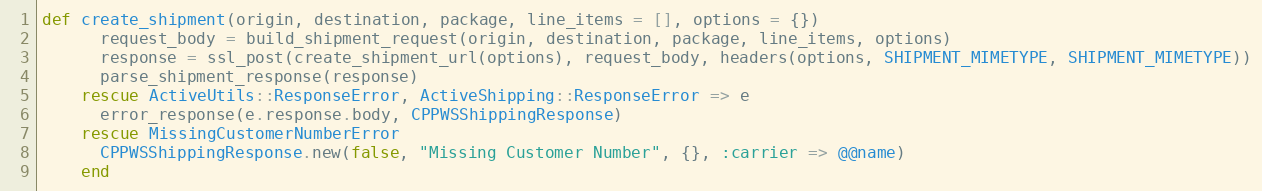
Language: Ruby
def create_shipment(origin, destination, package, line_items = [], options = {})
      request_body = build_shipment_request(origin, destination, package, line_items, options)
      response = ssl_post(create_shipment_url(options), request_body, headers(options, SHIPMENT_MIMETYPE, SHIPMENT_MIMETYPE))
      parse_shipment_response(response)
    rescue ActiveUtils::ResponseError, ActiveShipping::ResponseError => e
      error_response(e.response.body, CPPWSShippingResponse)
    rescue MissingCustomerNumberError
      CPPWSShippingResponse.new(false, "Missing Customer Number", {}, :carrier => @@name)
    end